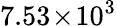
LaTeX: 7.53\! \times\! 10^{3}